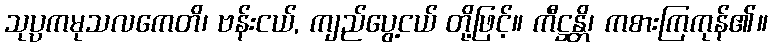
သုပ္ပကမုသလကေတိ၊ ဗန်းငယ်, ကျည်ပွေ့ငယ် တို့ဖြင့်။ ကီဋ္ဌန္တိ၊ ကစားကြကုန်၏။